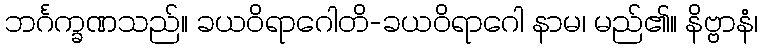
ဘင်္ဂက္ခဏသည်။ ခယဝိရာဂေါတိ-ခယဝိရာဂေါ နာမ၊ မည်၏။ နိဗ္ဗာနံ၊